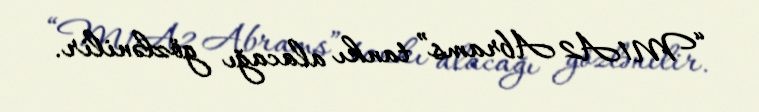
“M1A2 Abrams” tankı alacağı gözlənilir.